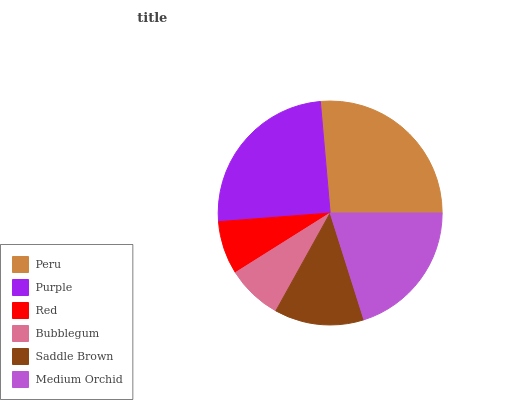
| Peru | Purple | Red | Bubblegum | Saddle Brown | Medium Orchid |
 | --- | --- | --- | --- | --- | --- |
 | 26.4% | 24.8% | 7.71% | 8.01% | 12.9% | 20.1% |